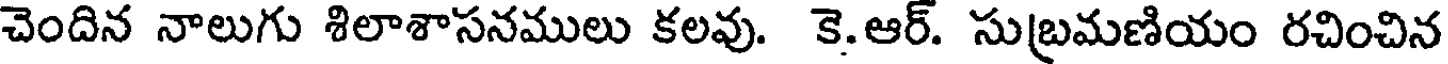
చెందిన నాలుగు శిలాశాసనములు కలవు. కె.ఆర్. సుబ్రమణియం రచించిన